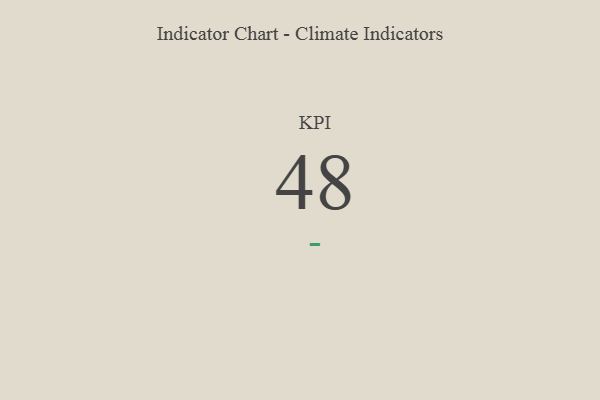
{"axis": {"x": "KPI", "y": "Value"}, "legend": [""], "data": [{"x": "KPI", "y": 48, "type": ""}]}